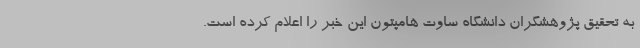
به تحقیق پژوهشگران دانشگاه ساوت هامپتون این خبر را اعلام کرده است.